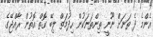
އެންމެ ދެ ތަނަށް ނޫނީ ތިންތަނަކުން ހިދުމަތް ލިބޭ ގޮތް އޮތުން ރާއްޖޭގެ